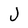
Character: J